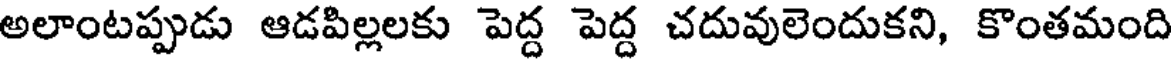
అలాంటప్పుడు ఆడపిల్లలకు పెద్ద పెద్ద చదువులెందుకని, కొంతమంది